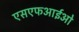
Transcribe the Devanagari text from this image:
एसएफआईओ